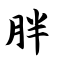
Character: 胖